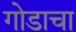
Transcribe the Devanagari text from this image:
गोडाचा